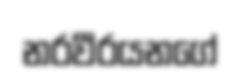
නරවීරයනගේ